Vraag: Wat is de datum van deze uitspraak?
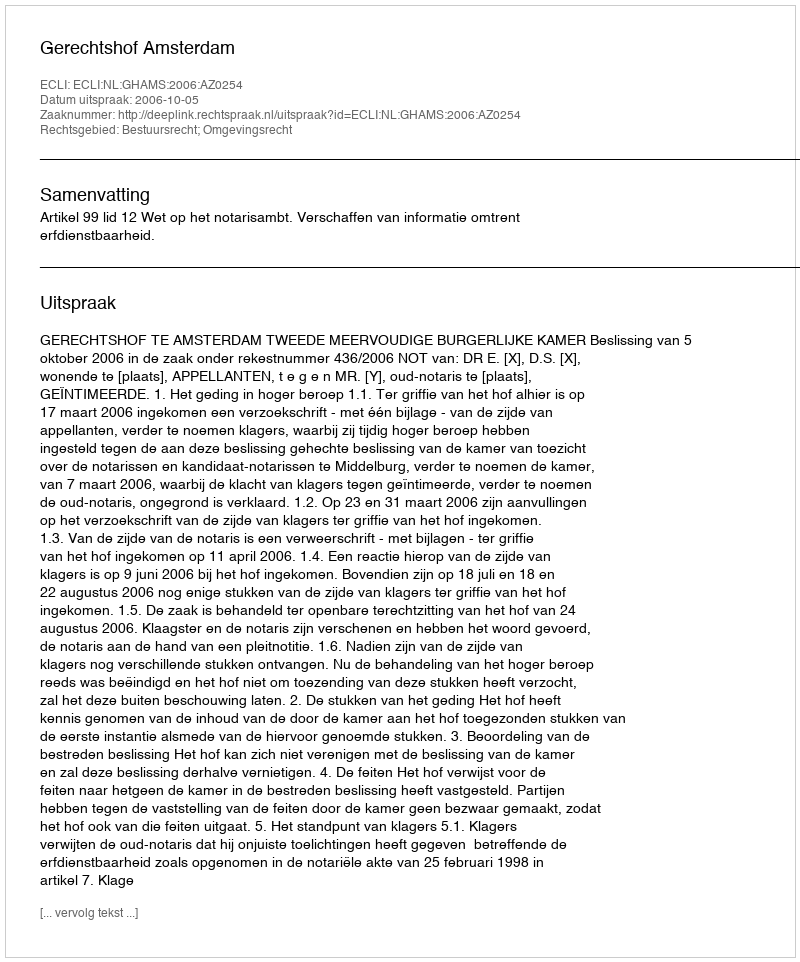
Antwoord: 2006-10-05